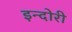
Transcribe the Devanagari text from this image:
इन्दोरी